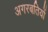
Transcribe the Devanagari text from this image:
अगरबतियों